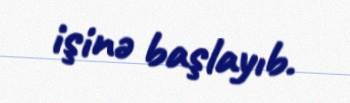
işinə başlayıb.